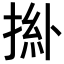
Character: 𢯜